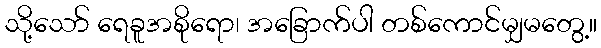
သို့သော် ရေခူအစိုရော၊ အခြောက်ပါ တစ်ကောင်မျှမတွေ့။